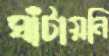
ঘাঁটায়নি